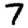
Digit: 7